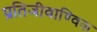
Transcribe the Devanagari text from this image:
प्रतिजीवाण्विक